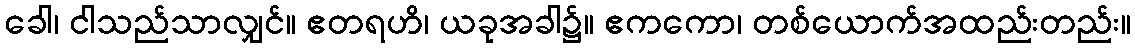
ခေါ၊ ငါသည်သာလျှင်။ ဧတရဟိ၊ ယခုအခါ၌။ ဧကကော၊ တစ်ယောက်အထည်းတည်း။